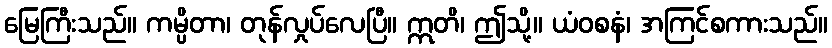
မြေကြီးသည်။ ကမ္ပိတာ၊ တုန်လှုပ်လေပြီ။ ဣတိ၊ ဤသို့။ ယံဝစနံ၊ အကြင်စကားသည်။